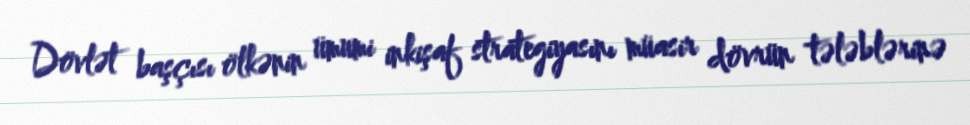
Dövlət başçısı ölkənin ümumi inkişaf strategiyasını müasir dövrün tələblərinə